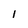
Character: i